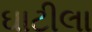
ઘાટીલા